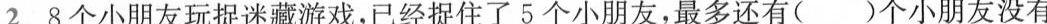
2.8个小朋友玩捉迷藏游戏，已经捉住了5个小朋友，最多还有( )个小朋友没有